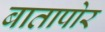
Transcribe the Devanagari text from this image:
बातापोर